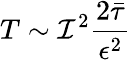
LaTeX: T\sim\mathcal{I}^{2}\frac{{2\bar{{\tau}}}}{{\epsilon^{2}}}